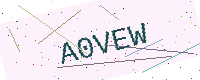
Text: A0VEW